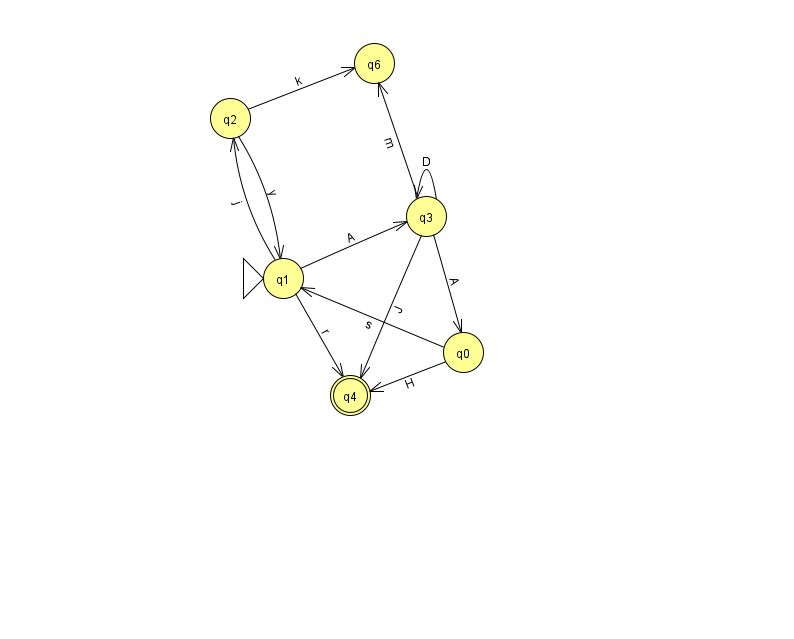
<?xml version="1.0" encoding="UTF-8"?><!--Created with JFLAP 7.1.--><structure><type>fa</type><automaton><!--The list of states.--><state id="0" name="q0"><x>463.0</x><y>339.0</y></state><state id="1" name="q1"><x>283.0</x><y>265.0</y><initial/></state><state id="2" name="q2"><x>230.0</x><y>105.0</y></state><state id="3" name="q3"><x>426.0</x><y>203.0</y></state><state id="4" name="q4"><x>350.0</x><y>382.0</y><final/></state><state id="6" name="q6"><x>374.0</x><y>50.0</y></state><!--The list of transitions.--><transition><from>3</from><to>4</to><read>J</read></transition><transition><from>3</from><to>3</to><read>D</read></transition><transition><from>0</from><to>1</to><read>s</read></transition><transition><from>1</from><to>4</to><read>r</read></transition><transition><from>3</from><to>6</to><read>m</read></transition><transition><from>1</from><to>2</to><read>j</read></transition><transition><from>0</from><to>4</to><read>H</read></transition><transition><from>3</from><to>0</to><read>A</read></transition><transition><from>2</from><to>1</to><read>y</read></transition><transition><from>2</from><to>6</to><read>k</read></transition><transition><from>1</from><to>3</to><read>A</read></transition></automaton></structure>